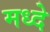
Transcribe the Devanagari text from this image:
मध्दे